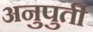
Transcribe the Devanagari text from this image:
अनुपुर्ती